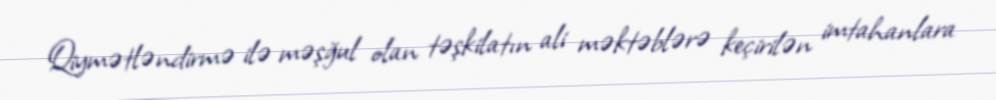
Qiymətləndirmə ilə məşğul olan təşkilatın ali məktəblərə keçirilən imtahanlara